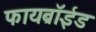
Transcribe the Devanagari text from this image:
फायब्रॉईड